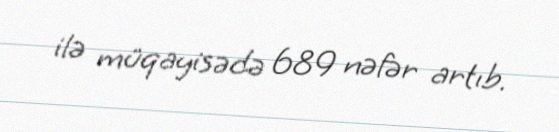
ilə müqayisədə 689 nəfər artıb.